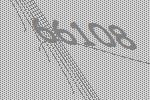
66108